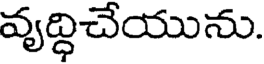
వృద్ధిచేయును.